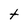
Character: t